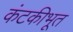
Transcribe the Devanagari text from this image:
कंटकीभूत